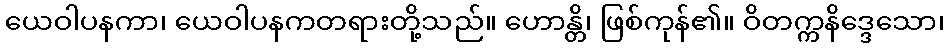
ယေဝါပနကာ၊ ယေဝါပနကတရားတို့သည်။ ဟောန္တိ၊ ဖြစ်ကုန်၏။ ဝိတက္ကနိဒ္ဒေသော၊